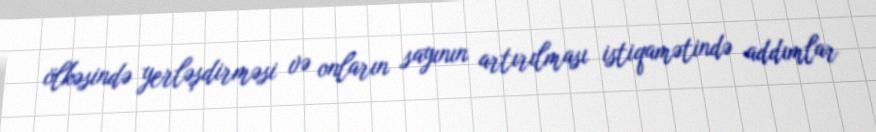
ölkəsində yerləşdirməsi və onların sayının artırılması istiqamətində addımlar